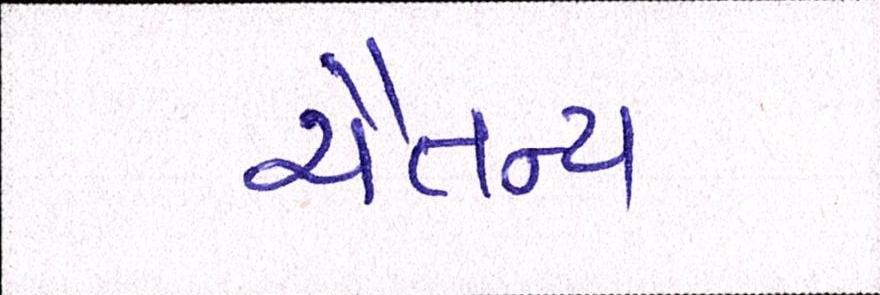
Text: ચૈતન્ય